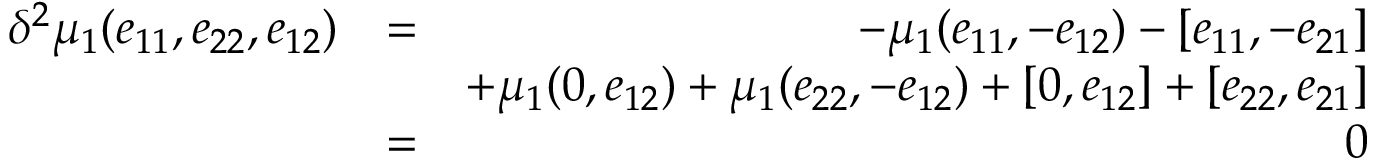
\begin{array} { r l r } { \delta ^ { 2 } \mu _ { 1 } ( e _ { 1 1 } , e _ { 2 2 } , e _ { 1 2 } ) } & { = } & { - \mu _ { 1 } ( e _ { 1 1 } , - e _ { 1 2 } ) - [ e _ { 1 1 } , - e _ { 2 1 } ] } \\ & { } & { + \mu _ { 1 } ( 0 , e _ { 1 2 } ) + \mu _ { 1 } ( e _ { 2 2 } , - e _ { 1 2 } ) + [ 0 , e _ { 1 2 } ] + [ e _ { 2 2 } , e _ { 2 1 } ] } \\ & { = } & { 0 } \end{array}